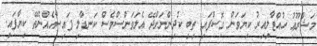
މަޝްރޫޢު ހުއްޓާލިއިރު ކިޔަވަން ގޮސްފައި ތިބި ކުދިންނަށްދޭ އެލަވަންސްވެސް ކަނޑާލި ފައިސާއެއްނެތޭ ކިޔާފައި.